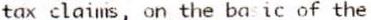
TAX CLAIMS, ON THE BASIC OF THE